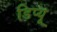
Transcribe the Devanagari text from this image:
डिप्यू